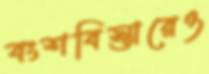
বংশবিস্তারেও